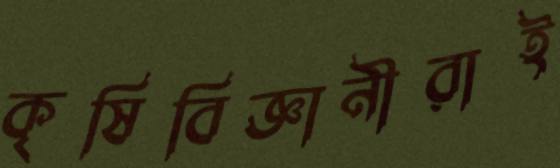
কৃষিবিজ্ঞানীরাই